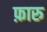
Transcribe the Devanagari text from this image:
फ़ारु